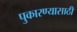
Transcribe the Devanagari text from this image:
पुकारण्यासाठी